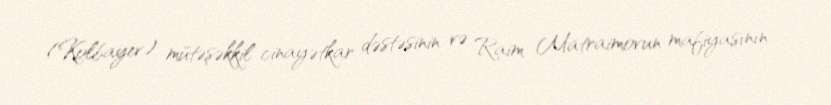
(Kolbayev) mütəşəkkil cinayətkar dəstəsinin və Raim Matraimovun mafiyasının